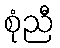
စုံညီ